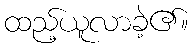
ထည့်ယူလာခဲ့၏။